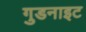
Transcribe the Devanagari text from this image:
गुडनाइट